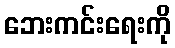
ဘေးကင်းရေးကို